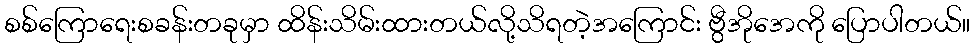
စစ်ကြောရေးစခန်းတခုမှာ ထိန်းသိမ်းထားတယ်လို့သိရတဲ့အကြောင်း ဗွီအိုအေကို ပြောပါတယ်။